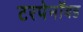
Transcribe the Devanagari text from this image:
टरपेनॉयड